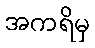
အကရိမှ